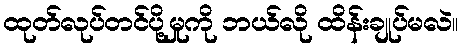
ထုတ်လုပ်တင်ပို့မှုကို ဘယ်လို ထိန်းချုပ်မလဲ။